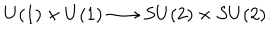
U ( 1 ) \times U ( 1 ) \longrightarrow S U ( 2 ) \times S U ( 2 ) .